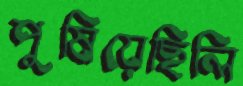
পুষিয়েছিলি